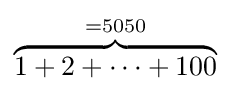
\textstyle \overbrace {1+2+\cdots +100} ^{=5050}